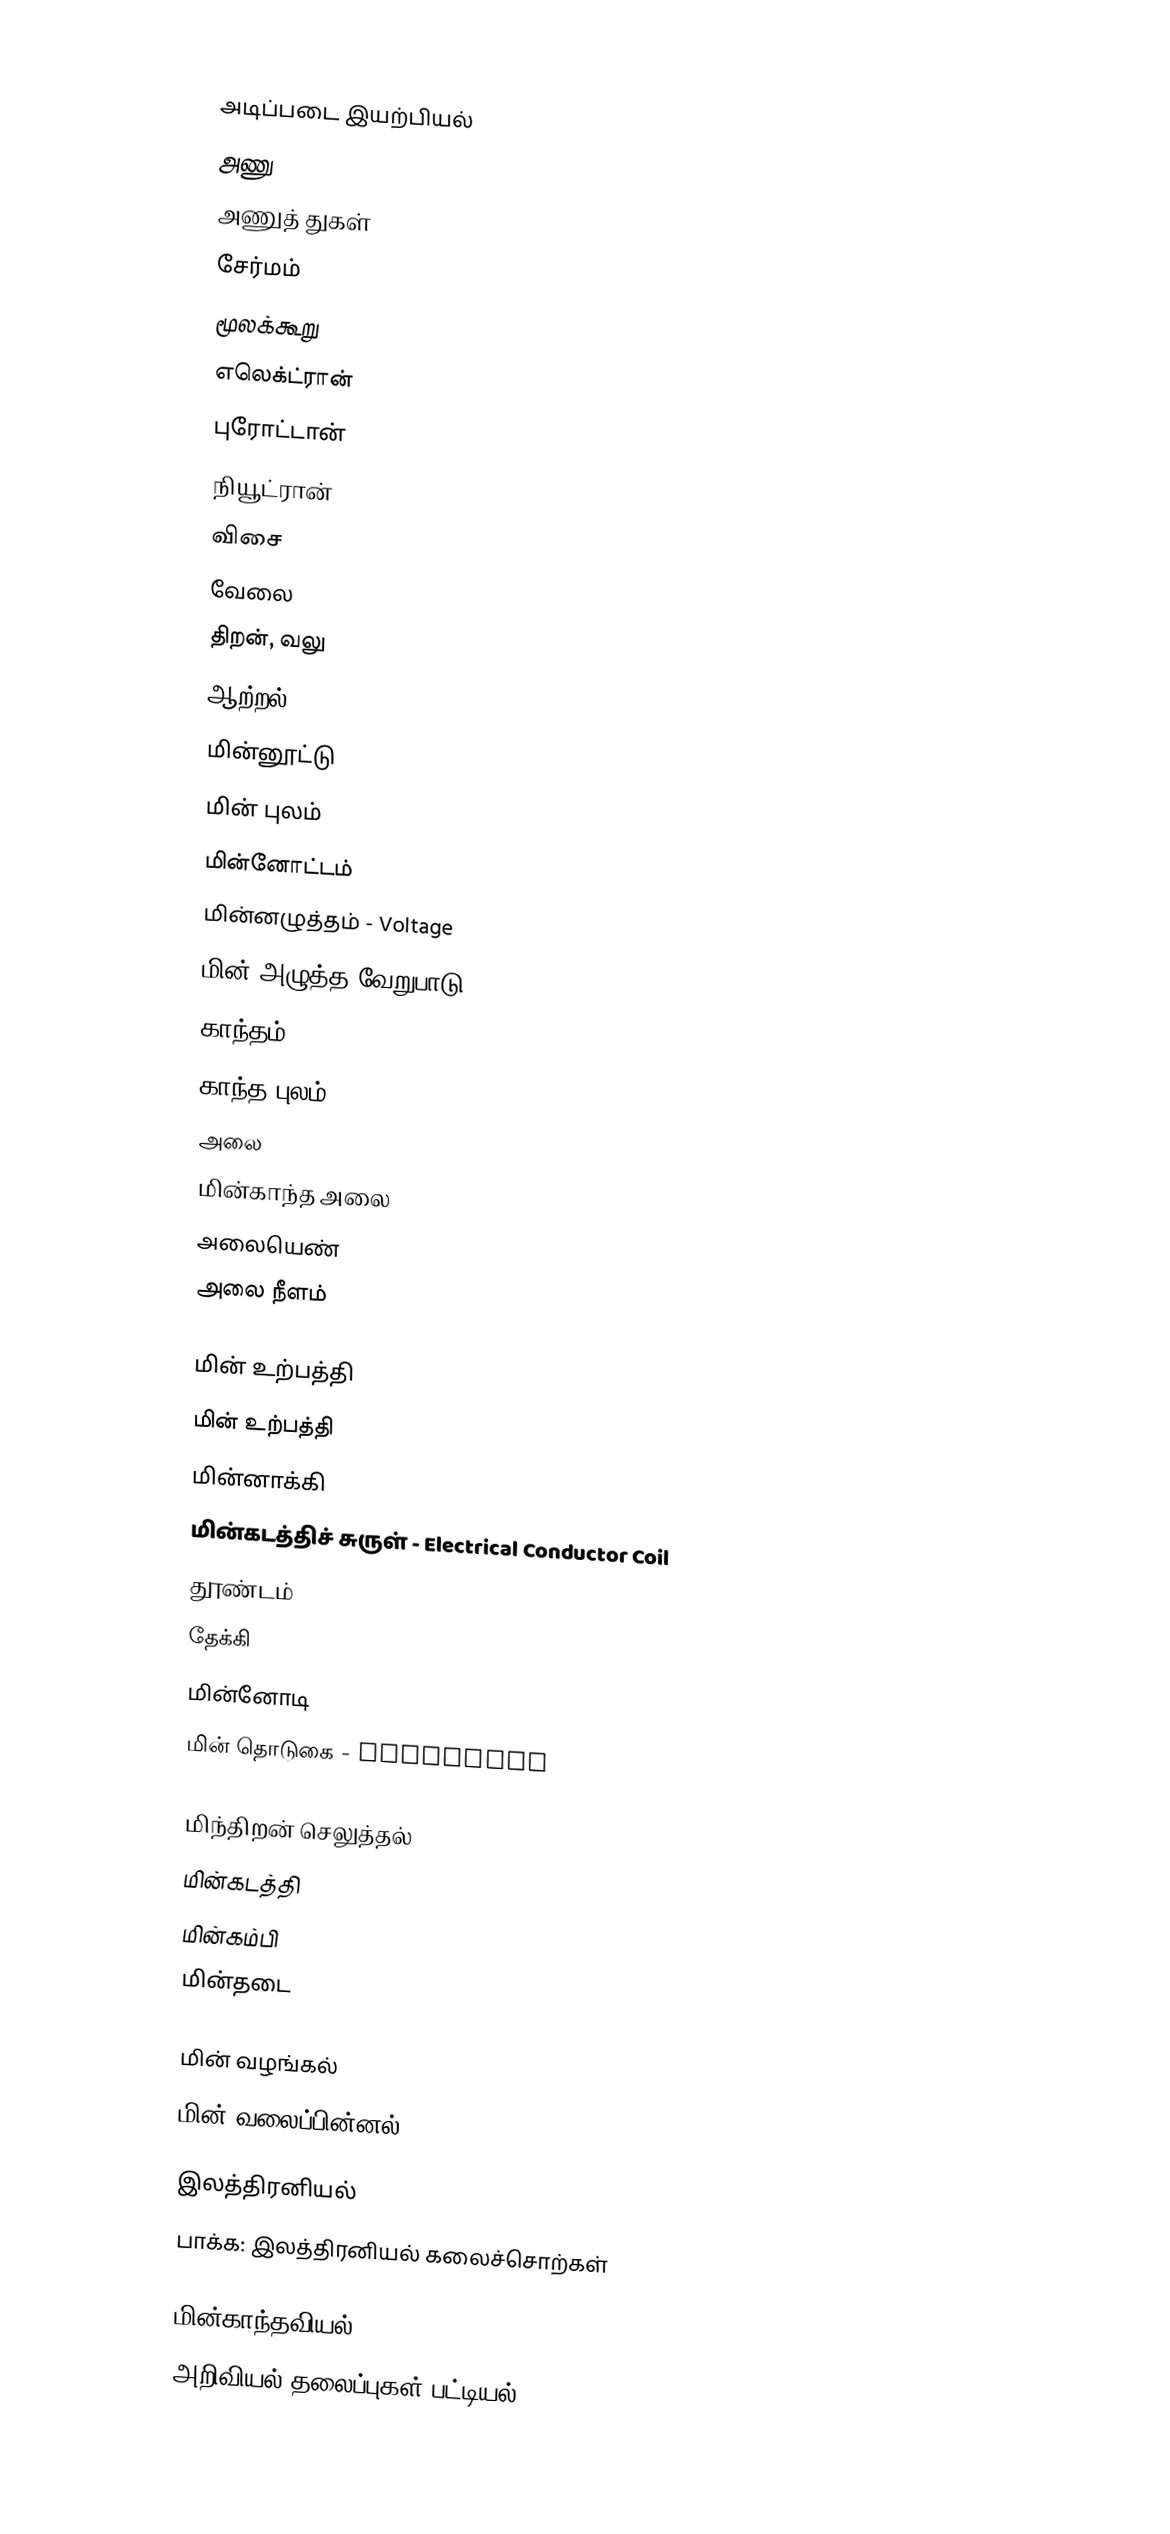

அடிப்படை இயற்பியல்
 அணு
 அணுத் துகள்
 சேர்மம்
 மூலக்கூறு
 எலெக்ட்ரான்
 புரோட்டான்
 நியூட்ரான்
 விசை
 வேலை
 திறன், வலு
 ஆற்றல்
 மின்னூட்டு
 மின் புலம்
 மின்னோட்டம்
 மின்னழுத்தம் - Voltage
 மின் அழுத்த வேறுபாடு - Potential difference
 காந்தம்
 காந்த புலம்
 அலை
 மின்காந்த அலை
 அலையெண்
 அலை நீளம்

மின் உற்பத்தி
 மின் உற்பத்தி
 மின்னாக்கி
 மின்கடத்திச் சுருள் - Electrical Conductor Coil
 தூண்டம்
 தேக்கி
 மின்னோடி
 மின் தொடுகை - Contactor

 மிந்திறன் செலுத்தல்
 மின்கடத்தி
 மின்கம்பி
 மின்தடை

 மின் வழங்கல்
 மின் வலைப்பின்னல்

இலத்திரனியல்
 பாக்க: இலத்திரனியல் கலைச்சொற்கள்

மின்காந்தவியல்
அறிவியல் தலைப்புகள் பட்டியல்